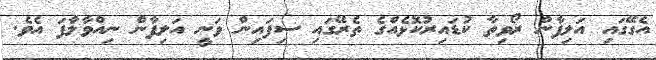
އެގޭގައި އަލިފާން ރޯވިތާ ކުޑައިރުކޮޅެއްގެ ތެރޭގައި ސިފައިން ވަނީ އަލިފާން ނިއްވާލާފަ އެވެ.